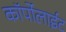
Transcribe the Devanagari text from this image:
कॉर्पोलाईट